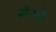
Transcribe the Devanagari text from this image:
गंग्ते